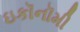
ઇકૉનૉમી